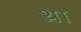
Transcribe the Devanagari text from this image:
थ़ा